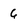
Character: 6